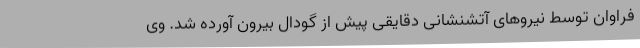
فراوان توسط نیروهای آتشنشانی دقایقی پیش از گودال بیرون آورده شد. وی